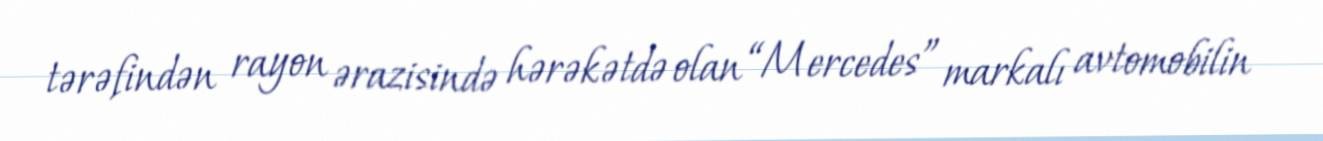
tərəfindən rayon ərazisində hərəkətdə olan “Mercedes” markalı avtomobilin